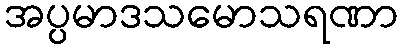
အပ္ပမာဒသမောသရဏာ